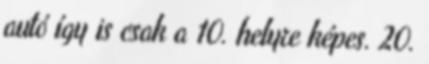
autó így is csak a 10. helyre képes. 20.